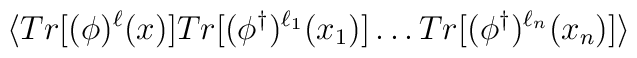
\langle     Tr[(\phi)^{\ell}(x)]     Tr[(\phi^{\dagger})^{\ell_{1}}(x_{1})] \ldots     Tr[(\phi^{\dagger})^{\ell_{n}}(x_{n})] \rangle